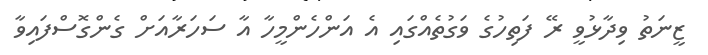
ޒީނަތު ވިދާޅުވީ ރޭ ފަތިހުގެ ވަގުތެއްގައި އެ އަންހެންމީހާ އާ ސަހަރާއަށް ގެންގޮސްފައިވާ